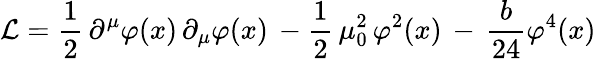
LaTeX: {\cal L}={\frac{1}{2}}\, \partial^{\mu}\varphi(x)\, \partial_{\mu}\varphi(x)\, -{\frac{1}{2}}\, \mu_{0}^{2}\, \varphi^{2}(x)\, -\, {\frac{b}{24}}\varphi^{4}(x)